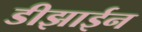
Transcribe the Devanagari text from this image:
डीझाईन